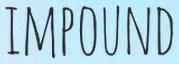
IMPOUND